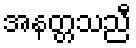
အနတ္တသညီ